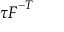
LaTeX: { \boldsymbol { \tau } } { \boldsymbol { F } } ^ { - T }